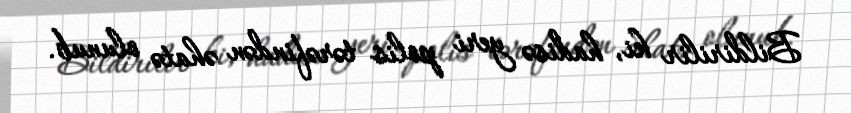
Bildirilir ki, hadisə yeri polis tərəfindən əhatə olunub.